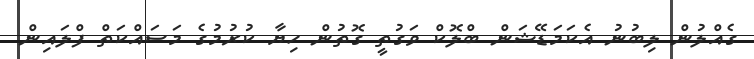
ގެއްލުން ލިބުނު އެކަމަޑޭޝަން ބްލޮކް ވަގުތީ ގޮތުން ހިޔާ ކުރުމުގެ މަސައްކަތް ފްލައިން